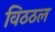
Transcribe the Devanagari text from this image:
विठठल